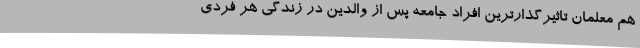
هم معلمان تاثیرگذارترین افراد جامعه پس از والدین در زندگی هر فردی